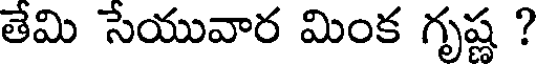
తేమి సేయువార మింక గృష్ణ ?